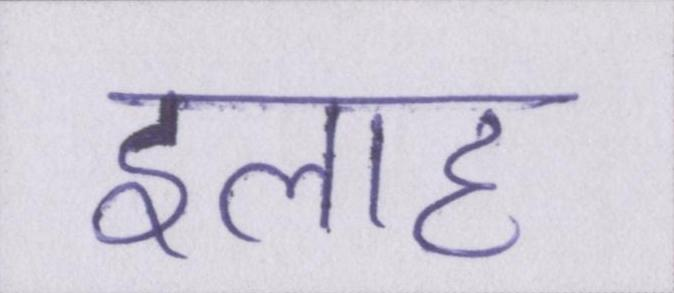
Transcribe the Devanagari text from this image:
इलाह